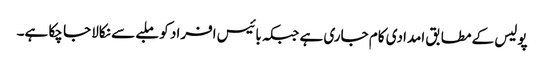
پولیس کے مطابق امدادی کام جاری ہے جبکہ بائیس افراد کو ملبے سے نکالا جا چکا ہے۔